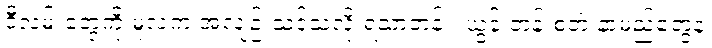
ဒီလမ်းတွေကို မူလက အလျဉ်းသင့်သလို ရသာတန်း၊ ယွန်းတန်းစတဲ့ နာမည်တွေနဲ့